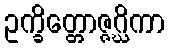
ဥက္ခိတ္တောဇ္ဇဂ္ဃိကာ